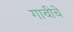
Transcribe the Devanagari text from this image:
गावीचे